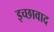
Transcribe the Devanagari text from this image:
इच्छावाद